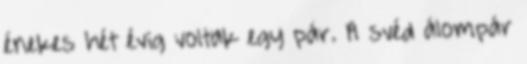
énekes hét évig voltak egy pár. A svéd álompár